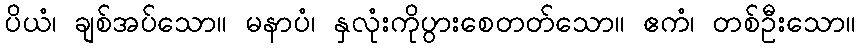
ပိယံ၊ ချစ်အပ်သော။ မနာပံ၊ နှလုံးကိုပွားစေတတ်သော။ ဧကံ၊ တစ်ဦးသော။